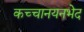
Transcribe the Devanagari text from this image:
कच्चानयनभेद